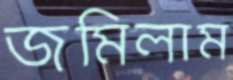
জমিলাম